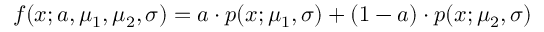
f ( x ; a , \mu _ { 1 } , \mu _ { 2 } , \sigma ) = a \cdot p ( x ; \mu _ { 1 } , \sigma ) + ( 1 - a ) \cdot p ( x ; \mu _ { 2 } , \sigma )